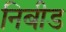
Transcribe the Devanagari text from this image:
निबीड